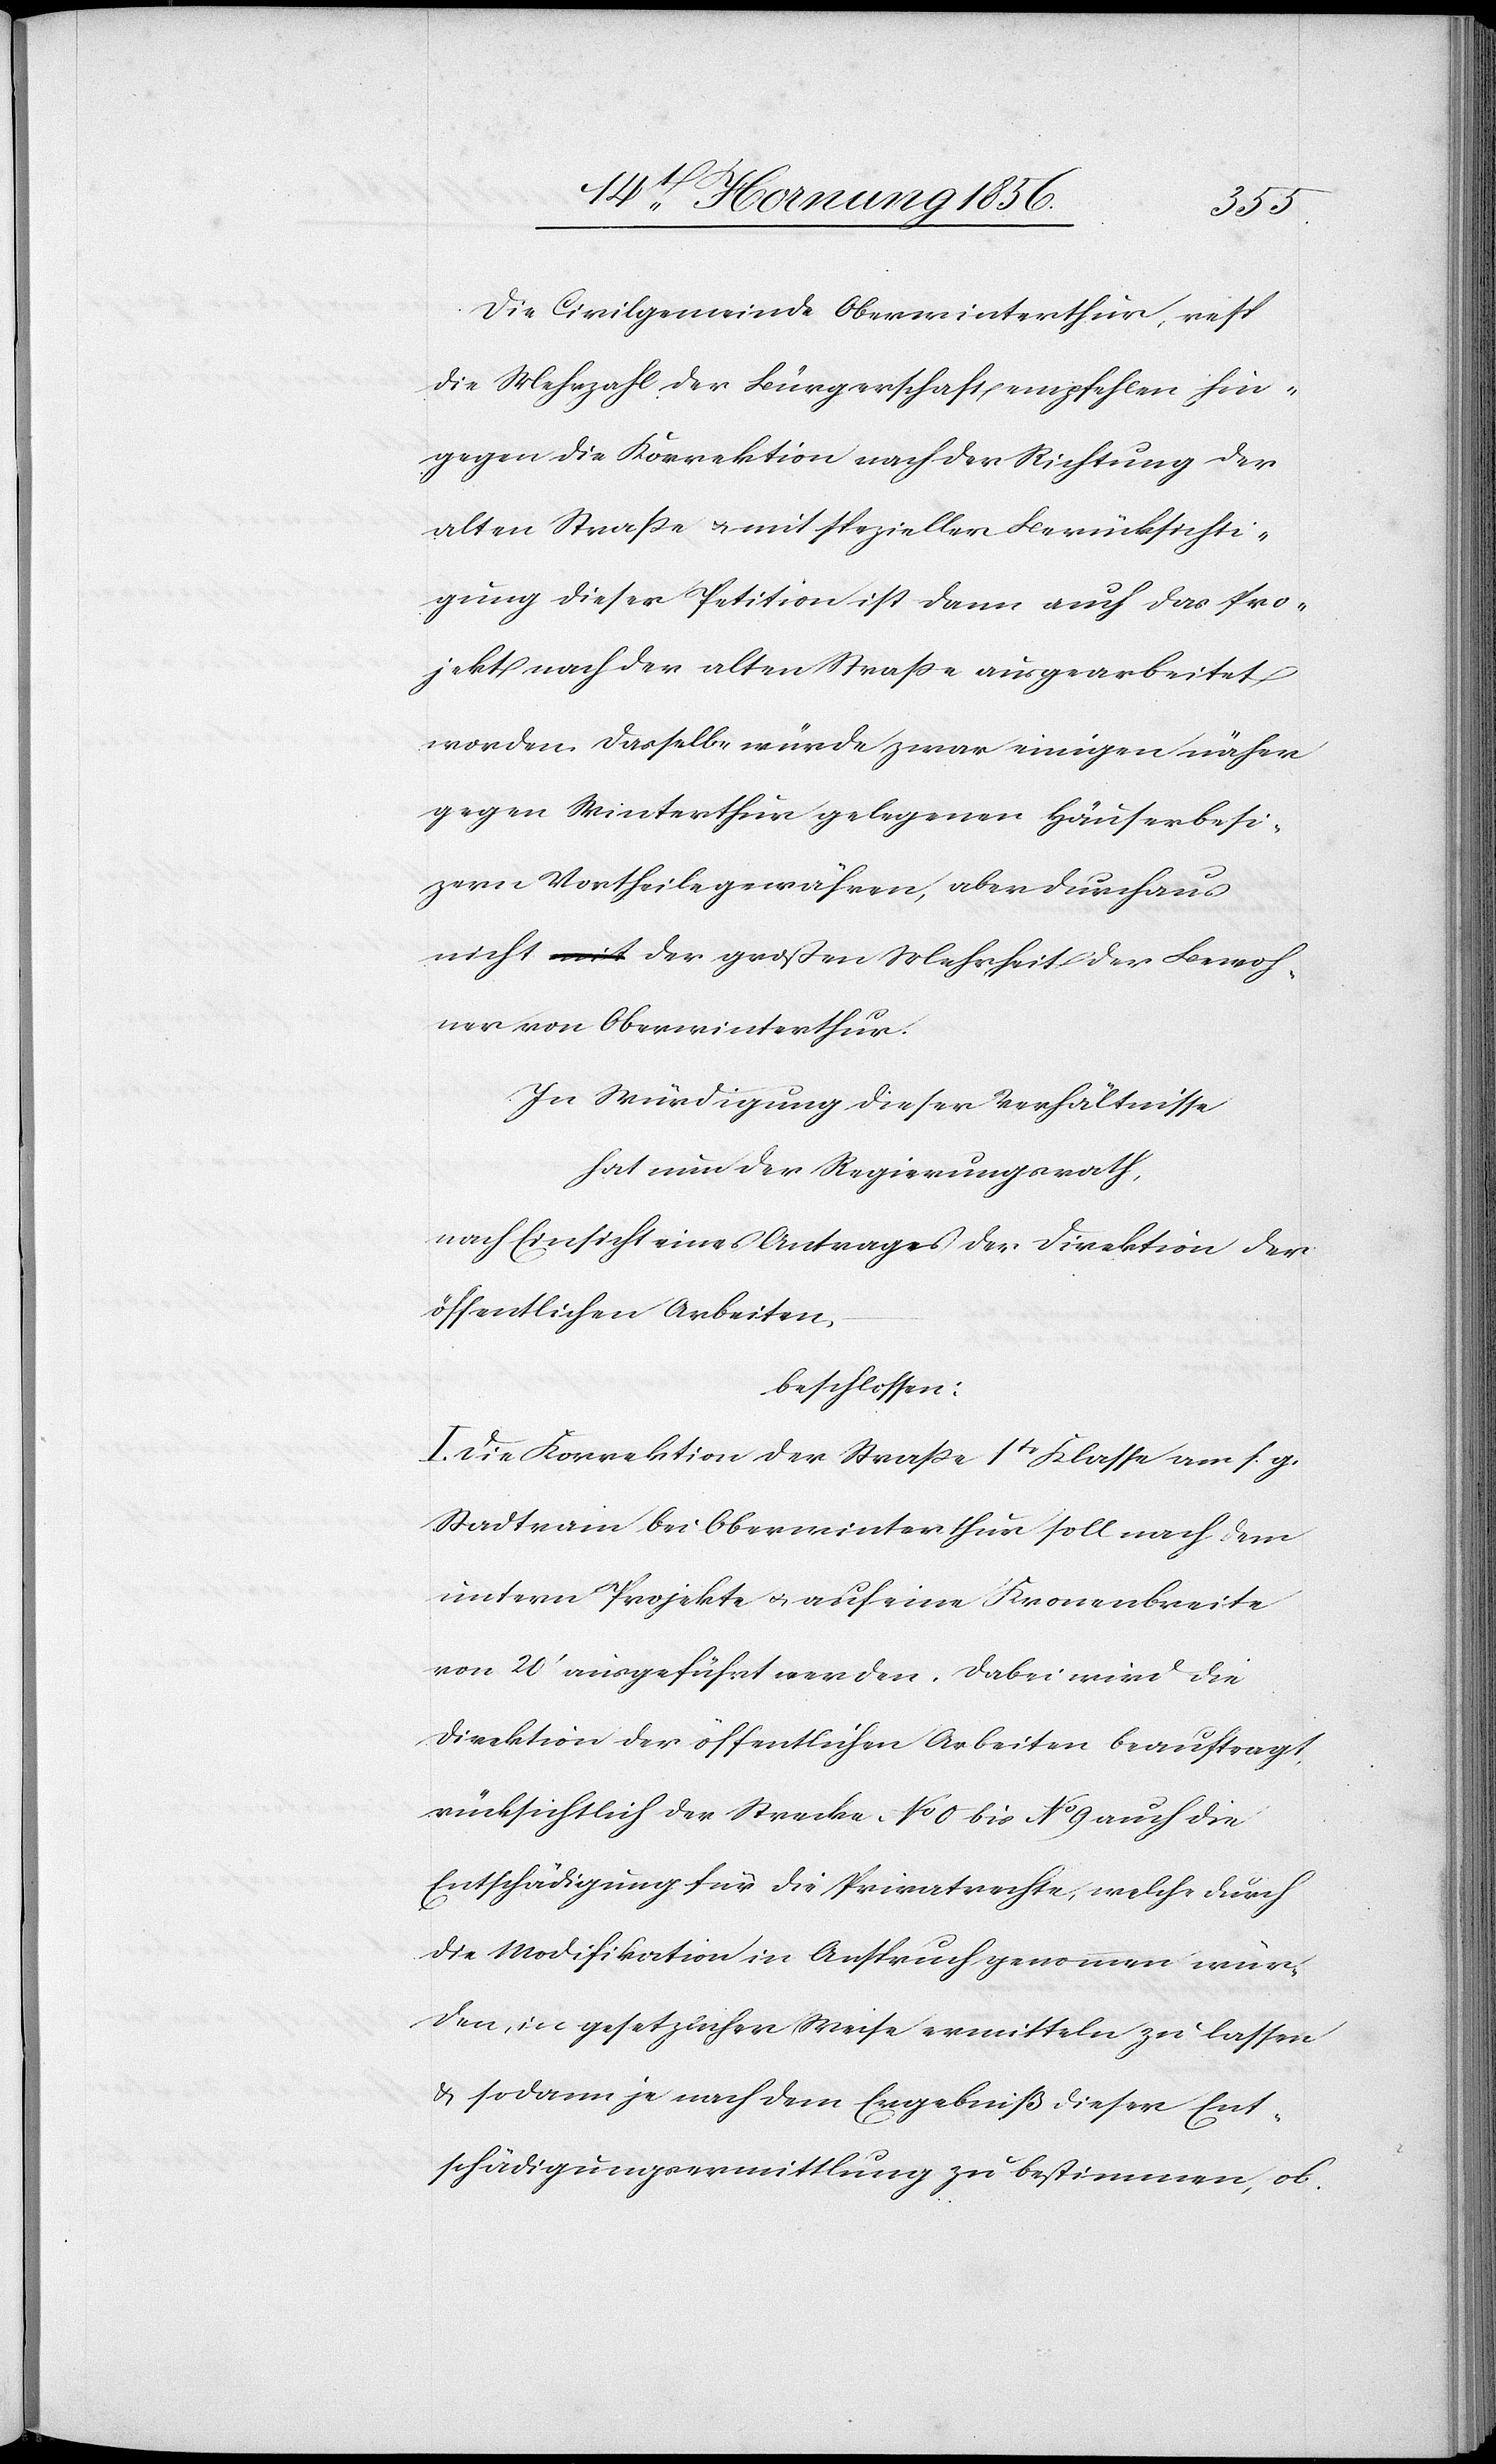
Die Civilgemeinde Oberwinterthur, resp.
die Mehrzahl der Bürgerschaft empfehlen hin¬
gegen die Korrektion nach der Richtung der
alten Straße u. mit spezieller Berücksichti¬
gung dieser Petition ist dann auch das Pro¬
jekt nach der alten Straße ausgearbeitet
worden. Dasselbe würde zwar einigen näher
gegen Winterthur gelegenen Häuserbesit¬
zern Vortheile gewähren, aber durchaus
nicht der großen Mehrheit der Bewoh¬
ner von Oberwinterthur.
In Würdigung dieser Verhältnisse
hat nun der Regierungsrath,
nach Einsicht eines Antrages der Direktion der
öffentlichen Arbeiten,
beschlossen:
I. Die Korrektion der Straße 1tr Klasse am s. g.
Stadtrain bei Oberwinterthur soll nach dem
untern Projekte u. auf eine Kronenbreite
von 20’ ausgeführt werden. Dabei wird die
Direktion der öffentlichen Arbeiten beauftragt,
rücksichtlich der Strecke No 0 bis No 9 auch die
Entschädigung für die Privatrechte, welche durch
die Modifikation in Anspruch genommen wür¬
den, in gesetzlicher Weise ermitteln zu lassen
& sodann je nach dem Ergebniß dieser Ent¬
schädigungsermittlung zu bestimmen, ob